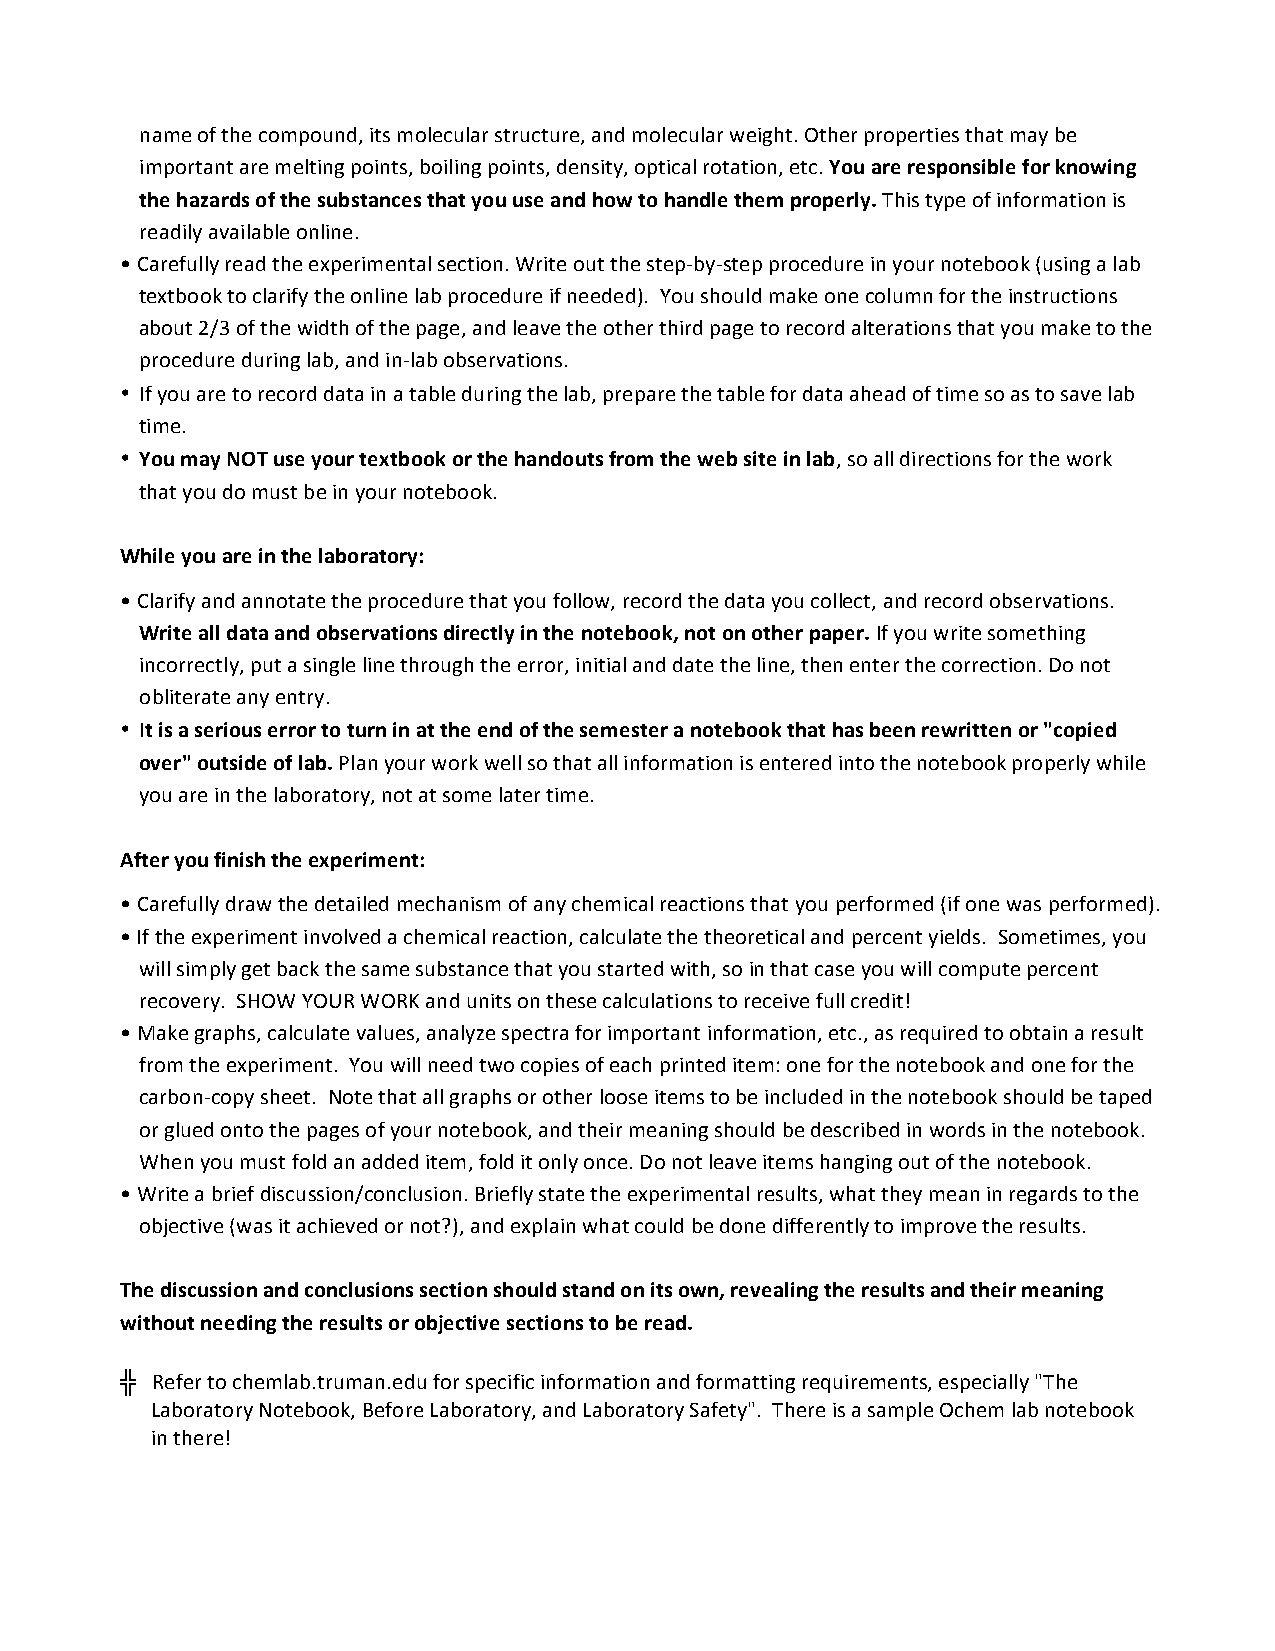
name of the compound, its molecular structure, and molecular weight. Other properties that may be
 important are melting points, boiling points, density, optical rotation, etc. You are responsible for knowing
 the hazards of the substances that you use and how to handle them properly. This type of information is
 readily available online.
 • Carefully read the experimental section. Write out the step-­‐by-­‐step procedure in your notebook (using a lab
 textbook to clarify the online lab procedure if needed). You should make one column for the instructions
 about 2/3 of the width of the page, and leave the other third page to record alterations that you make to the
 procedure during lab, and in-­‐lab observations.
 • If you are to record data in a table during the lab, prepare the table for data ahead of time so as to save lab
 time.
 • You may NOT use your textbook or the handouts from the web site in lab, so all directions for the work
 that you do must be in your notebook.
 While you are in the laboratory:
 • Clarify and annotate the procedure that you follow, record the data you collect, and record observations.
 Write all data and observations directly in the notebook, not on other paper. If you write something
 incorrectly, put a single line through the error, initial and date the line, then enter the correction. Do not
 obliterate any entry.
 • It is a serious error to turn in at the end of the semester a notebook that has been rewritten or "copied
 over" outside of lab. Plan your work well so that all information is entered into the notebook properly while
 you are in the laboratory, not at some later time.
 After you finish the experiment:
 • Carefully draw the detailed mechanism of any chemical reactions that you performed (if one was performed).
 • If the experiment involved a chemical reaction, calculate the theoretical and percent yields. Sometimes, you
 will simply get back the same substance that you started with, so in that case you will compute percent
 recovery. SHOW YOUR WORK and units on these calculations to receive full credit!
 • Make graphs, calculate values, analyze spectra for important information, etc., as required to obtain a result
 from the experiment. You will need two copies of each printed item: one for the notebook and one for the
 carbon-­‐copy sheet. Note that all graphs or other loose items to be included in the notebook should be taped
 or glued onto the pages of your notebook, and their meaning should be described in words in the notebook.
 When you must fold an added item, fold it only once. Do not leave items hanging out of the notebook.
 • Write a brief discussion/conclusion. Briefly state the experimental results, what they mean in regards to the
 objective (was it achieved or not?), and explain what could be done differently to improve the results.
 The discussion and conclusions section should stand on its own, revealing the results and their meaning
 without needing the results or objective sections to be read.
 ╬ Refer to chemlab.truman.edu for specific information and formatting requirements, especially "The
 Laboratory Notebook, Before Laboratory, and Laboratory Safety". There is a sample Ochem lab notebook
 in there!